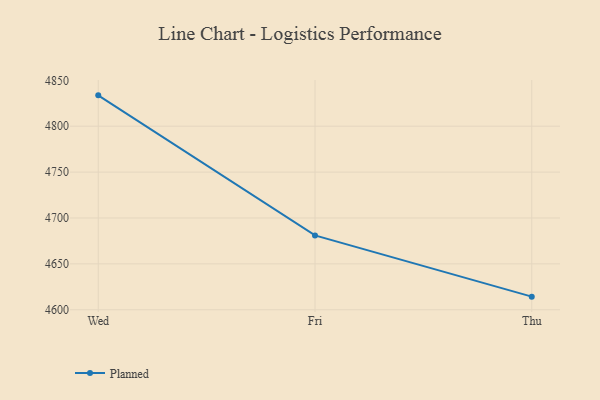
{"axis": {"x": "Day", "y": "Production Output"}, "legend": ["Planned"], "data": [{"x": "Wed", "y": 4833.6, "type": "Planned"}, {"x": "Fri", "y": 4681.0, "type": "Planned"}, {"x": "Thu", "y": 4614.3, "type": "Planned"}]}